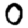
Digit: 0